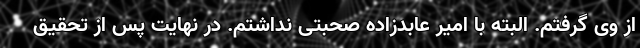
از وی گرفتم. البته با امیر عابدزاده صحبتی نداشتم. در نهایت پس از تحقیق